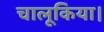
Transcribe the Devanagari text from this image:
चालूकिया।